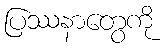
ပြဿနာတွေကို